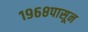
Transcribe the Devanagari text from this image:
१९६८पासून